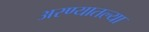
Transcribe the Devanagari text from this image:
अरण्यातल्या